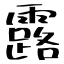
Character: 露